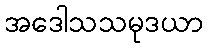
အဒေါသသမုဒယာ